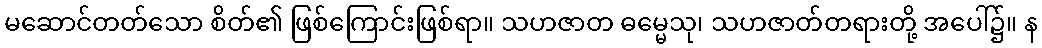
မဆောင်တတ်သော စိတ်၏ ဖြစ်ကြောင်းဖြစ်ရာ။ သဟဇာတ ဓမ္မေသု၊ သဟဇာတ်တရားတို့ အပေါ်၌။ န